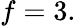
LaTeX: f=3.